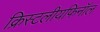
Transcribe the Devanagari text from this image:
क्रिस्टलीयफिनॉल